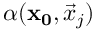
\alpha ( \mathbf { x _ { 0 } } , \vec { x } _ { j } )